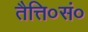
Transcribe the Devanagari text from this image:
तैत्ति०सं०